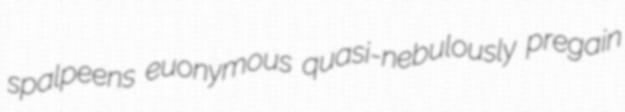
spalpeens euonymous quasi-nebulously pregain